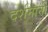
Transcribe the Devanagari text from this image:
दर्शनानी